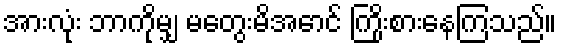
အားလုံး ဘာကိုမျှ မတွေးမိအောင် ကြိုးစားနေကြသည်။